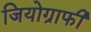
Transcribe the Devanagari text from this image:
जियोग्राफी